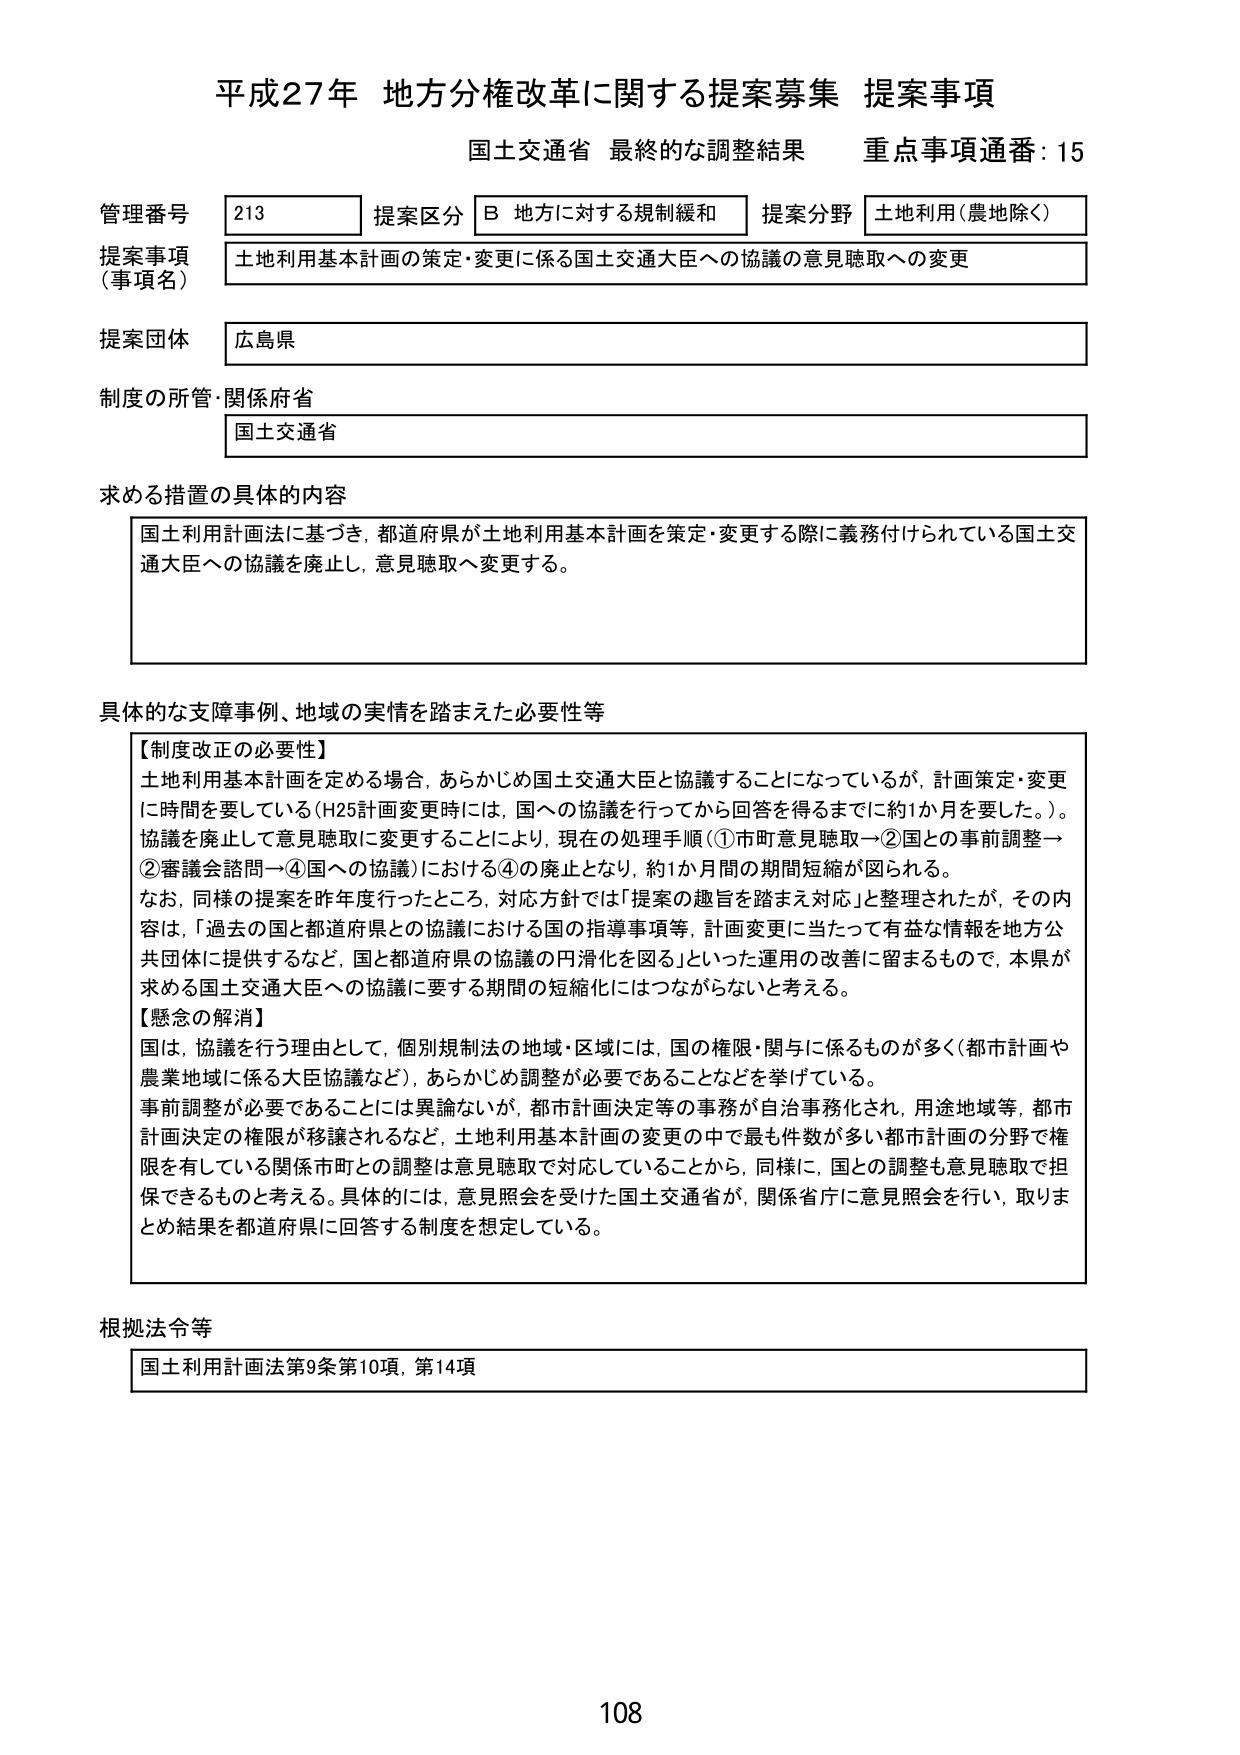
平成27年 地方分権改革に関する提案募集 提案事項
国土交通省 最終的な調整結果 重点事項通番：15

管理番号 213 提案区分 B 地方に対する規制緩和 提案分野 土地利用（農地除く）
提案事項（事項名） 土地利用基本計画の策定・変更に係る国土交通大臣への協議の意見聴取への変更
提案団体 広島県
制度の所管・関係府省 国土交通省

求める措置の具体的内容
国土利用計画法に基づき、都道府県が土地利用基本計画を策定・変更する際に義務付けられている国土交通大臣への協議を廃止し、意見聴取へ変更する。

具体的な支障事例、地域の実情を踏まえた必要性等
【制度改正の必要性】
土地利用基本計画を定める場合、あらかじめ国土交通大臣と協議することになっているが、計画策定・変更に時間を要している（H25計画変更時には、国への協議を行ってから回答を得るまでに約1か月を要した。）。協議を廃止して意見聴取に変更することにより、現在の処理手順（①市町意見聴取→②国との事前調整→②審議会諮問→④国への協議）における④の廃止となり、約1か月間の期間短縮が図られる。
なお、同様の提案を昨年度行ったところ、対応方針では「提案の趣旨を踏まえ対応」と整理されたが、その内容は、「過去の国と都道府県との協議における国の指導事項等、計画変更に当たって有益な情報を地方公共団体に提供するなど、国と都道府県の協議の円滑化を図る」といった運用の改善に留まるもので、本県が求める国土交通大臣への協議に要する期間の短縮化にはつながらないと考える。
【懸念の解消】
国は、協議を行う理由として、個別規制法の地域・区域には、国の権限・関与に係るものが多く（都市計画や農業地域に係る大臣協議など）、あらかじめ調整が必要であることなどを挙げている。
事前調整が必要であることには異論ないが、都市計画決定等の事務が自治事務化され、用途地域等、都市計画決定の権限が移譲されるなど、土地利用基本計画の変更の中で最も件数が多い都市計画の分野で権限を有している関係市町との調整は意見聴取で対応していることから、同様に、国との調整も意見聴取で担保できるものと考える。具体的には、意見照会を受けた国土交通省が、関係省庁に意見照会を行い、取りまとめ結果を都道府県に回答する制度を想定している。

根拠法令等
国土利用計画法第9条第10項、第14項

108